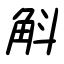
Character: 斛